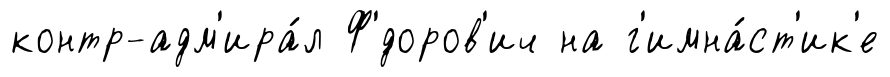
контр-адм'ира́л Ф'́доров'ич на г'имна́ст'ик'е